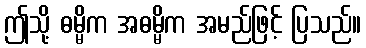
ဤသို့ ဓမ္မိက အဓမ္မိက အမည်ဖြင့် ပြသည်။